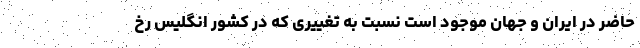
حاضر در ایران و جهان موجود است نسبت به تغییری که در کشور انگلیس رخ